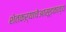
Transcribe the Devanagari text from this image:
शेतकऱ्याचेआसूडकाव्य